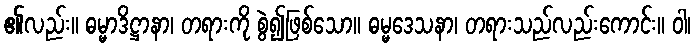
၏လည်း။ ဓမ္မာဒိဋ္ဌာနာ၊ တရားကို စွဲ၍ဖြစ်သော။ ဓမ္မဒေသနာ၊ တရားသည်လည်းကောင်း။ ဝါ၊